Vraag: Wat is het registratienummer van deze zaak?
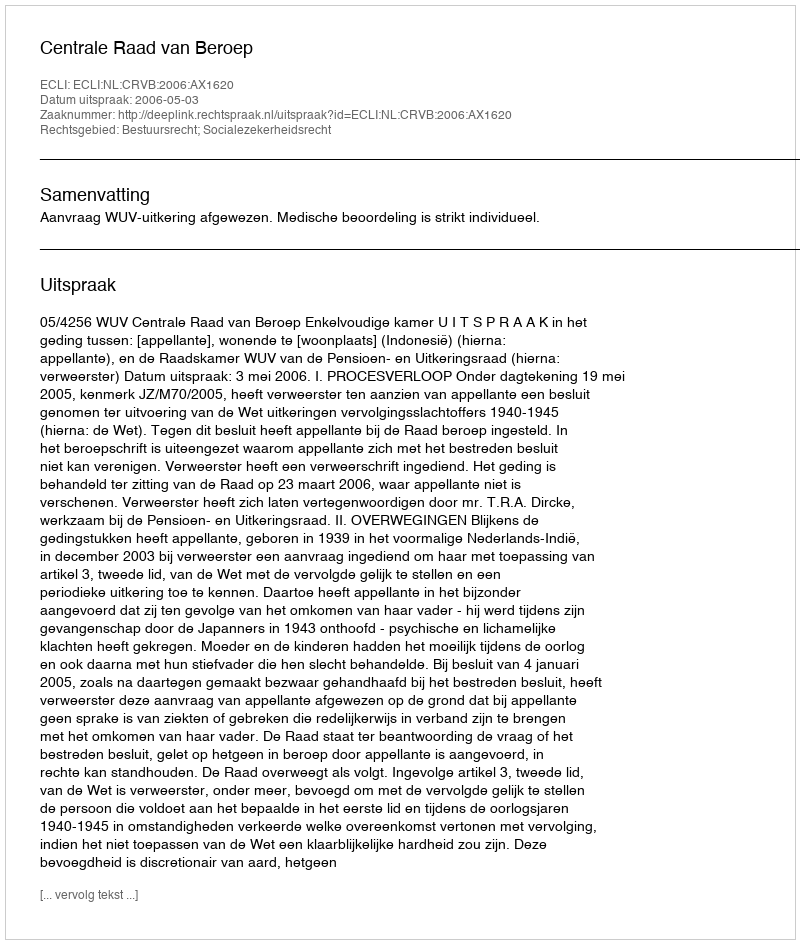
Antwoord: http://deeplink.rechtspraak.nl/uitspraak?id=ECLI:NL:CRVB:2006:AX1620